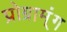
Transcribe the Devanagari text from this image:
प्रोग्राम्ंग